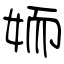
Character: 䎟